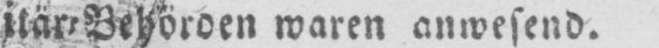
waren anwesend.